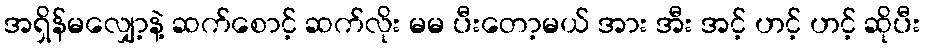
အရှိန်မလျှော့နဲ့ ဆက်စောင့် ဆက်လိုး မမ ပီးတော့မယ် အား အီး အင့် ဟင့် ဟင့် ဆိုပီး